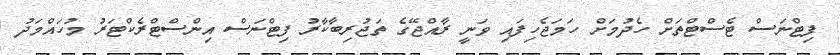
ފިޓްނަސް ޓެސްޓްތަށް ހެދުމަށް ހަމަޖެހިފައިި ވަނީ ރާއްޖޭގެ ތަޖުރިބާކާރު ފިޓްނަސް އިންސްޓްރެކްޓަރު މުހައްމަދު